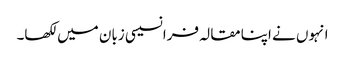
انہوں نے اپنا مقالہ فرانسیسی زبان میں لکھا۔